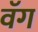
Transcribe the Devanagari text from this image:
वॅग